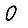
Digit: 0